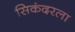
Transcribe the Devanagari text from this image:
सिकंदरला